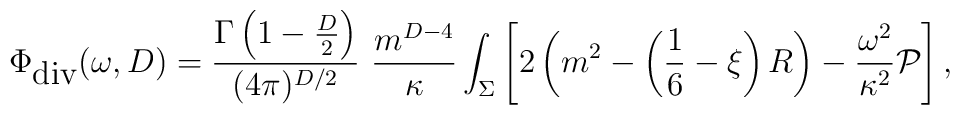
\Phi_{\mbox{div}}(\omega,D)={\Gamma\left(1-\frac D2\right) \over (4\pi)^{D/2}}\,\, {m^{D-4} \over \kappa}\int_{\Sigma}\left[2\left(m^2-\left(\frac 16 -\xi\right)R\right)-{\omega^2\over \kappa^2}{\cal P}\right],